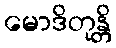
မောဒိတုန္တိ